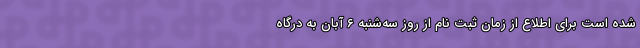
شده‌ است‌ برای اطلاع از زمان ثبت نام از روز سه‌شنبه ۶ آبان به درگاه